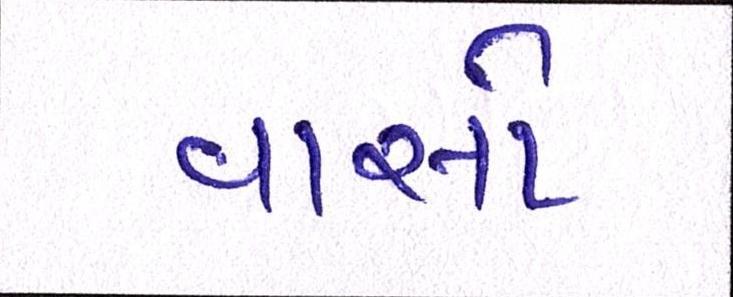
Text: વાસો